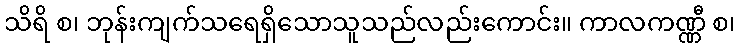
သိရိ စ၊ ဘုန်းကျက်သရေရှိသောသူသည်လည်းကောင်း။ ကာလကဏ္ဏီ စ၊